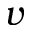
v